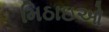
મિઠાઇઓ